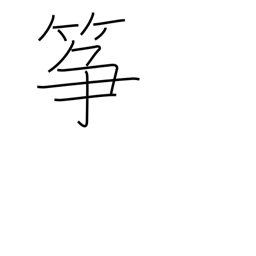
Meaning: koto